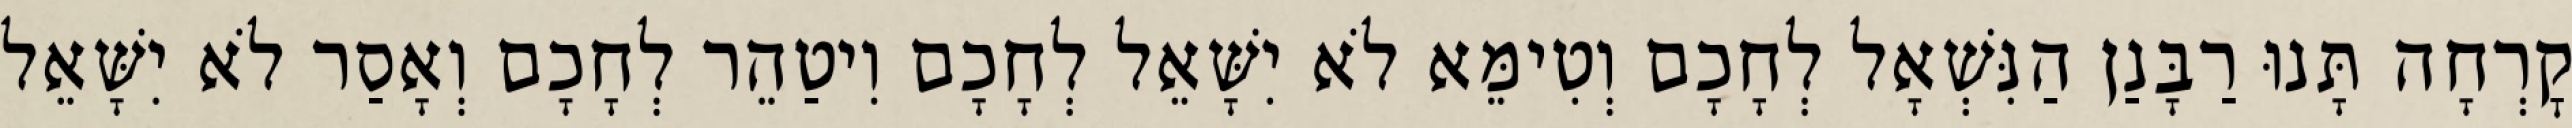
קׇרְחָה תָּנוּ רַבָּנַן הַנִּשְׁאָל לְחָכָם וְטִימֵּא לֹא יִשָּׁאֵל לְחָכָם וִיטַהֵר לְחָכָם וְאָסַר לֹא יִשָּׁאֵל